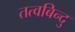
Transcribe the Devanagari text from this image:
तत्वबिन्दु